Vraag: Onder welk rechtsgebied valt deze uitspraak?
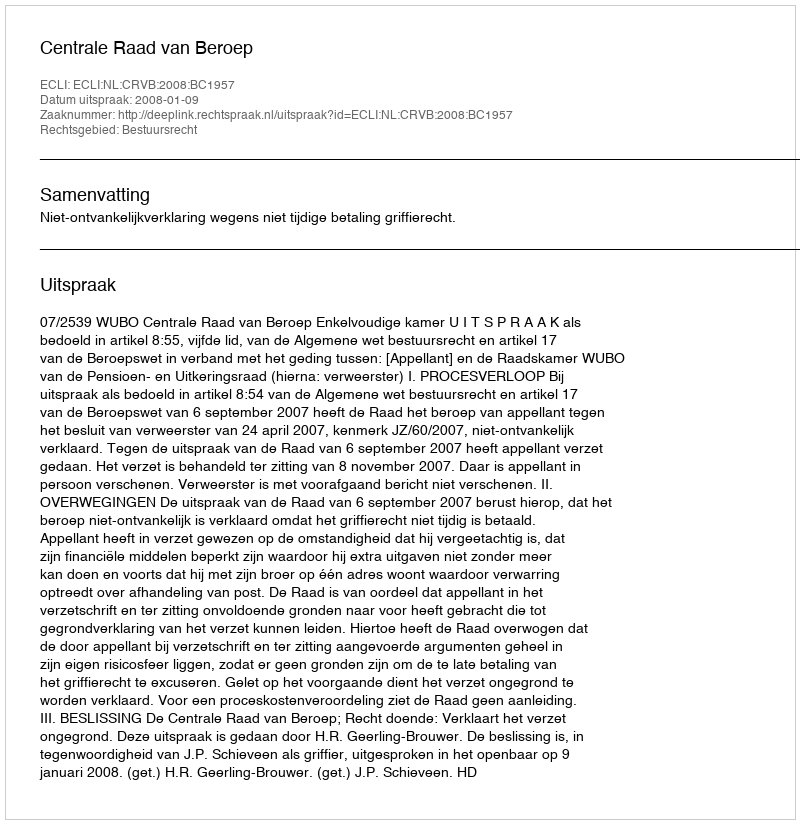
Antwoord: Bestuursrecht